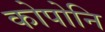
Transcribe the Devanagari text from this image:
कोपोनि